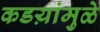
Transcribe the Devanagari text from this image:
कडय़ांमुळे